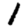
Digit: 1